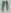
Text: 11